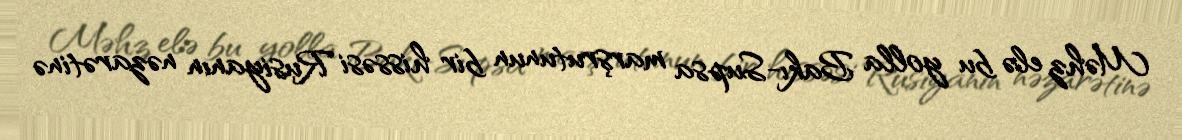
Məhz elə bu yolla Bakı-Supsa marşrutunun bir hissəsi Rusiyanın nəzarətinə